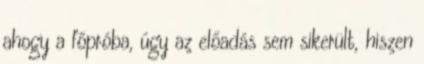
ahogy a főpróba, úgy az előadás sem sikerült, hiszen